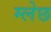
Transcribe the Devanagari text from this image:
म्लेछ